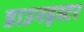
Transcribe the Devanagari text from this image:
डाउनइस्टर